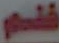
فلم